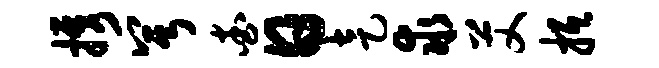
携兮查日走求艾抵